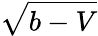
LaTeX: \sqrt{b-V}